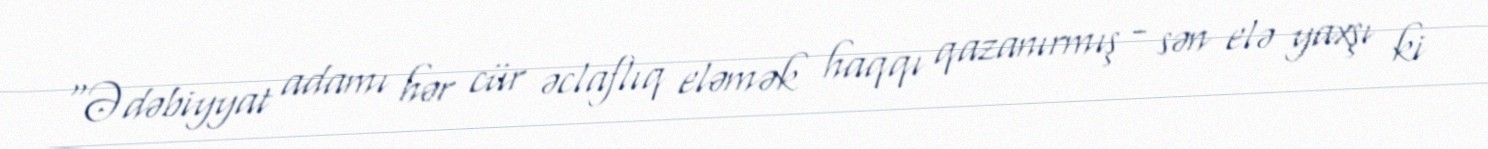
“Ədəbiyyat adamı hər cür əclaflıq eləmək haqqı qazanırmış - sən elə yaxşı ki